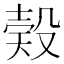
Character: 𣪨